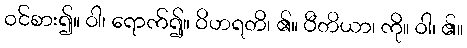
ဝင်စား၍။ ဝါ၊ ရောက်၍။ ဝိဟရတိ၊ ၏။ ပီတိယာ၊ ကို။ ဝါ၊ ၏။